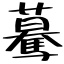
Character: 驀